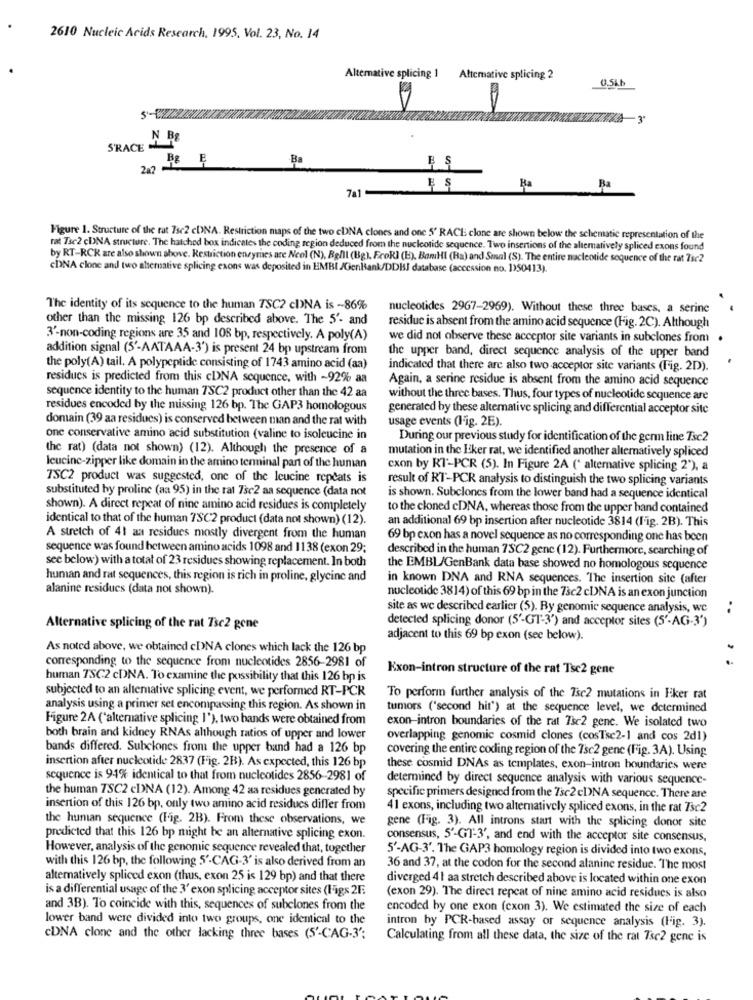
2610 Nucleic Acids Research, 1995, Vol. 23, No. 14
Alternative splicing 1 Alternative splicing 2
0.5kb
-3
S'RACE N P&
Ba
247 15
7al
Ba
Ba
Figure 1. Structure of the rat 7sc2 cDNA. Restriction maps of the two cbNA clones and one 5' RACE clone are shown below the schematic representation of the
rat Tse2 cDNA structure. The hatched box indicates the coding region deduced from the nucleotide sequence. Two insertions of the altemativety spliced exons found
by RT-RCK are also shown above. Restriction enzymes are Neel (N), Belll (Bg). Frok] (E), BamHI (Ha) and Smal (S). The entire nucleotide sequence of the rat ?se2
cDNA clone and two alternative splicing exons was deposited in EMBI /GenBank/DDISI database (accession no. 1)50413).
The identity of its sequence to the human TSC2 cDNA is ~86%
nucleotides 2967-2969). Without these three bases, a serine
other than the missing 126 bp described above. The 5'- and
residue is absent from the amino acid sequence (Fig. 2C). Although
3'-non-coding regions are 35 and 108 bp, respectively. A poly(A)
we did not observe these acceptor site variants in subclones from
addition signal (5'-AATAAA-3') is present 24 bp upstream from
the upper band, direct sequence analysis of the upper band
the poly(A) tail. A polypeptide consisting of 1743 amino acid (aa)
indicated that there are also two acceptor site variants (Fig. 2D).
residues is predicted from this cDNA sequence, with ~92% aa
Again, a serine residue is absent from the amino acid sequence
sequence identity to the human TSC2 product other than the 42 aa
without the three bases. Thus, four types of nucleotide sequence are
residues encoded by the missing 126 bp. The GAP3 homologous
generated by these alternative splicing and differential acceptor site
domain (39 aa residues) is conserved between man and the rat with
usage events (Fig. 2E).
one conservative amino acid substitution (valine to isoleucine in
During our previous study for identification of the germ line Tsc2
the rat) (data not shown) (12). Although the presence of a
mutation in the Eker rat, we identified another alternatively spliced
leucine-zipper like domain in the amino terminal part of the human
cxon by RT-PCR (5). In Figure 2A (' alternative splicing 2"), a
TSC2 product was suggested, one of the leucine repeats is
result of RT-PCR analysis to distinguish the two splicing variants
substituted by proline (aa 95) in the rat 7sc2 aa sequence (data not
is shown. Subclones from the lower band had a sequence identical
shown). A direct repeat of nine amino acid residues is completely
to the cloned cDNA, whereas those from the upper hand contained
identical to that of the human 7SC2 product (data not shown) (12).
an additional 69 bp insertion after nucleotide 3814 (l'ig. 2B). This
A stretch of 41 aa residues mostly divergent from the human
69 bp cxon has a novel sequence as no corresponding one has been
sequence was found between amino acids 1098 and 1138 (exon 29;
described in the human 7SC2 gene (12). Furthermore, searching of
see below) with a total of 23 residues showing replacement. In both
the EMBL/GenBank data base showed no homologous sequence
human and rat sequences, this region is rich in proline, glycine and
in known DNA and RNA sequences. "The insertion site (after
alanine residues (data not shown).
nucleotide 3814) of this 69 bp in the 73c2 cDNA is an exon junction
site as we described earlier (5). By genomic sequence analysis, we
detected splicing donor (5'-GT-3') and acceptor sites (5'-AG-3')
Alternative splicing of the rat Tsc2 gone
adjacent to this 69 bp exon (see below).
As noted above, we obtained cDNA clones which lack the 126 bp
corresponding to the sequence from nucleotides 2856-2981 of
Kxon-intron structure of the rat Tsc2 gene
human TSC2 cDNA. To examine the possibility that this 126 bp is
subjected to an altemative splicing event, we performed RT-PCR
To perform further analysis of the 7sc2 mutations in Fiker rat
analysis using a primer set encompassing this region. As shown in
tumors ('second hit') at the sequence level, we determined
Figure 2A ('alternative splicing 1'), two hands were obtained from
exon-intron boundaries of the rat Tsc2 genc. We isolated two
both brain and kidney RNAs although ratios of upper and lower
overlapping genomic cosmid clones (cosTse2-1 and cos 2d1)
bands differed. Subclones from the upper band had a 126 bp
covering the entire coding region of the 7sc2 gene (Fig. 3A). Using
insertion after nucleotide 2837 (Fig. 2B). As expected, this 126 bp
these cosmid DNAs as templates, exon-intron boundaries were
sequence is 94% identical to that from nucleotides 2856-2981 of
determined by direct sequence analysis with various sequence-
the human 7SC2 cDNA (12). Among 42 aa residues generated by
specific primers designed from the 7sc2 cDNA sequence. There are
insertion of this 126 bp, only two amino acid residues differ from
41 exons, including two alternatively spliced exons, in the rat Tsc2
the human sequence (Fig. 2B). From these observations, we
gene (Fig. 3). All introns start with the splicing donor site
predicted that this 126 bp might be an alternative splicing exon.
consensus, 5'-GT-3', and end with the acceptor site consensus,
However, analysis of the genomic sequence revealed that, together
5'-AG-3'. The GAP3 homology region is divided into two exons,
with this 126 bp, the following 5'-CAG-3' is also derived from an
36 and 37, at the codon for the second alanine residue. The most
alternatively spliced exon (thus, exon 25 is 129 bp) and that there
diverged 41 aa stretch described above is located within one exon
is a differential usage of the 3' exon splicing acceptor sites (Figs 2F.
(exon 29). The direct repeat of nine amino acid residues is also
and 3B). To coincide with this, sequences of subclones from the
encoded by one exon (cxon 3). We estimated the size of each
lower band were divided into two groups, one identical to the
intron by PCR-based assay or sequence analysis (Fig. 3).
CDNA clone and the other lacking three bases (5'-CAG-3':
Calculating from all these data, the size of the rat Tsc2 gene is